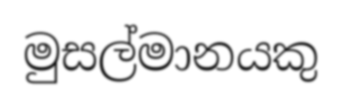
මුසල්මානයකු